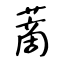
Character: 蔐